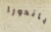
باندورا